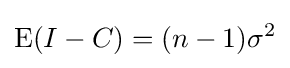
\operatorname {E} (I-C)=(n-1)\sigma ^{2}